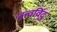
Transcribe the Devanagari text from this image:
तत्त्वविंदु